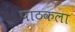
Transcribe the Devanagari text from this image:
पाठकला